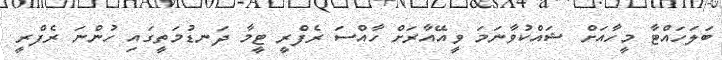
ބަލަހައްޓާ މީހާއަށް ޝައްކުވާނަމަ ވީއޭއާރަށް ހާއްސަ ރެފްރީ ޓީމާ ދަނޑުމަތީގައި ހުންނަ ރެފްރީ